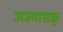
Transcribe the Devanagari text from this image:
अभ्यासक्